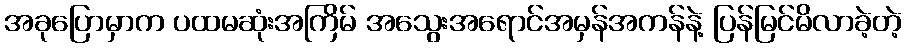
အခုပြောမှာက ပထမဆုံးအကြိမ် အသွေးအရောင်အမှန်အကန်နဲ့ ပြန်မြင်မိလာခဲ့တဲ့